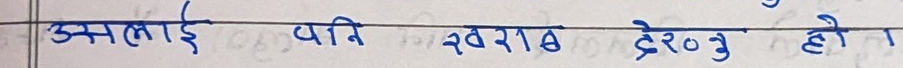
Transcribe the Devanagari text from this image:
उसलाई पनि खराब देर०३ हो